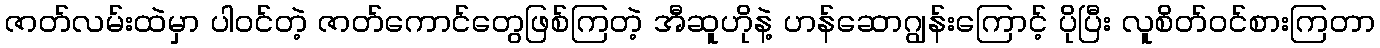
ဇာတ်လမ်းထဲမှာ ပါဝင်တဲ့ ဇာတ်ကောင်တွေဖြစ်ကြတဲ့ အီဆူဟိုနဲ့ ဟန်ဆောဂျွန်းကြောင့် ပိုပြီး လူစိတ်ဝင်စားကြတာ